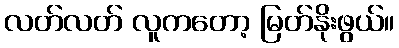
လတ်လတ် လူကတော့ မြတ်နိုးဖွယ်။